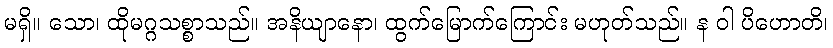
မရှိ။ သော၊ ထိုမဂ္ဂသစ္စာသည်။ အနိယျာနော၊ ထွက်မြောက်ကြောင်း မဟုတ်သည်။ န ဝါ ပိဟောတိ၊